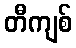
တီကျစ်